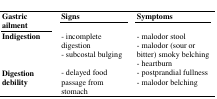
| Gastric ailment | Signs | Symptoms |
 | --- | --- | --- |
 | Indigestion | - incomplete digestion- subcostal bulging | - malodor stool- malodor (sour or bitter) smoky belching- heartburn |
 | Digestion debility | - delayed food passage from stomach | - postprandial fullness- malodor belching |